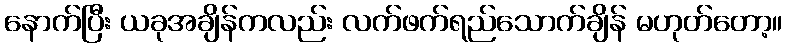
နောက်ပြီး ယခုအချိန်ကလည်း လက်ဖက်ရည်သောက်ချိန် မဟုတ်တော့။